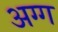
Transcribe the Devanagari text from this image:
अग्ग